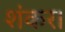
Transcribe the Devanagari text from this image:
शंकर।